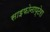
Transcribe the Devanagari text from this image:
साइफोनाप्टेरा